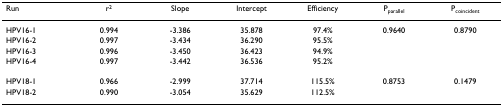
<table><thead><tr><td><b>Run</b></td><td><b>r<sup>2</sup></b></td><td><b>Slope</b></td><td><b>Intercept</b></td><td><b>Efficiency</b></td><td><b>P<sub>parallel</sub></b></td><td><b>P<sub>coincident</sub></b></td></tr></thead><tbody><tr><td>HPV16-1</td><td>0.994</td><td>-3.386</td><td>35.878</td><td>97.4%</td><td>0.9640</td><td>0.8790</td></tr><tr><td>HPV16-2</td><td>0.997</td><td>-3.434</td><td>36.290</td><td>95.5%</td><td></td><td></td></tr><tr><td>HPV16-3</td><td>0.996</td><td>-3.450</td><td>36.423</td><td>94.9%</td><td></td><td></td></tr><tr><td>HPV16-4</td><td>0.997</td><td>-3.442</td><td>36.536</td><td>95.2%</td><td></td><td></td></tr><tr><td>HPV18-1</td><td>0.966</td><td>-2.999</td><td>37.714</td><td>115.5%</td><td>0.8753</td><td>0.1479</td></tr><tr><td>HPV18-2</td><td>0.990</td><td>-3.054</td><td>35.629</td><td>112.5%</td><td></td><td></td></tr></tbody></table>